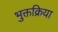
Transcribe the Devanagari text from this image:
भुक्तक्रिया